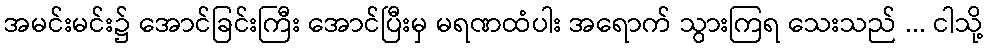
အမင်းမင်း၌ အောင်ခြင်းကြီး အောင်ပြီးမှ မရဏထံပါး အရောက် သွားကြရ သေးသည် ... ငါသို့